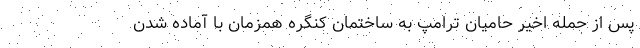
پس از حمله اخیر حامیان ترامپ به ساختمان کنگره همزمان با آماده شدن